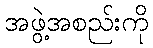
အဖွဲ့အစည်းကို